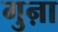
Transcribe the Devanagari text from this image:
गुऩा